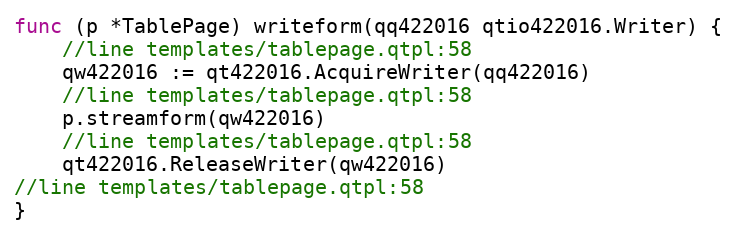
Language: Go
func (p *TablePage) writeform(qq422016 qtio422016.Writer) {
	//line templates/tablepage.qtpl:58
	qw422016 := qt422016.AcquireWriter(qq422016)
	//line templates/tablepage.qtpl:58
	p.streamform(qw422016)
	//line templates/tablepage.qtpl:58
	qt422016.ReleaseWriter(qw422016)
//line templates/tablepage.qtpl:58
}